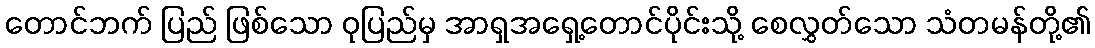
တောင်ဘက် ပြည် ဖြစ်သော ဝုပြည်မှ အာရှအရှေ့တောင်ပိုင်းသို့ စေလွှတ်သော သံတမန်တို့၏